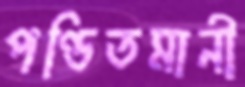
পণ্ডিতমানী